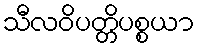
သီလဝိပတ္တိပစ္စယာ